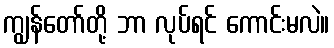
ကျွန်တော်တို့ ဘာ လုပ်ရင် ကောင်းမလဲ။